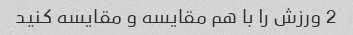
2 ورزش را با هم مقایسه و مقایسه کنید